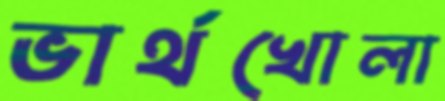
ভার্থখোলা